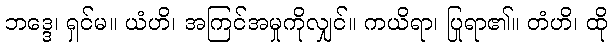
ဘဒ္ဒေ၊ ရှင်မ။ ယံဟိ၊ အကြင်အမှုကိုလျှင်။ ကယိရာ၊ ပြုရာ၏။ တံဟိ၊ ထို